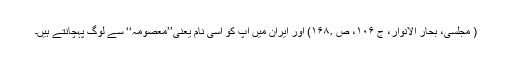
( مجلسی، بحار الانوار، ج ۱۰۶، ص ۱۶۸٫) اور ایران میں آپ کو اسی نام یعنی’’معصومہ‘‘ سے لوگ پہچانتے ہیں۔